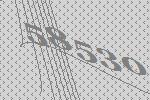
58530